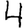
Digit: 4